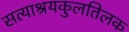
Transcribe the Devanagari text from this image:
सत्याश्रयकुलतिलक